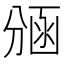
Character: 𭄃